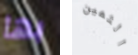
بها الثمين